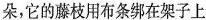
朵，它的藤枝用布条绑在架子上